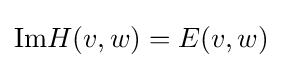
{\text{Im}}H(v,w)=E(v,w)